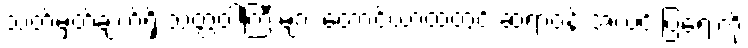
သတ်မှတ်ချက်ရှိ သတ္တဝါကြီးများ တောင်ယာထဲတွင် ဆရာဝန် အလင်းပြရေးကို